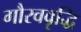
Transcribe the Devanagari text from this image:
गौरववृद्धि